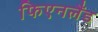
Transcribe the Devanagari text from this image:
फिएनलैंड